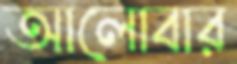
আলোবার